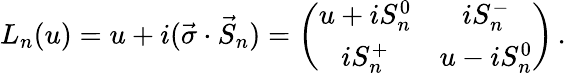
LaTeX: L_{n}(u)=u+i(\vec{\sigma}\cdot\vec{S}_{n})=\left(\begin{array}{cc}{{u+iS_{n}^{0}}}&{{iS_{n}^{-}}}\\ {{iS_{n}^{+}}}&{{u-iS_{n}^{0}}}\end{array}\right)\, .